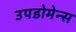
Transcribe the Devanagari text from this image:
उपडोमेन्स